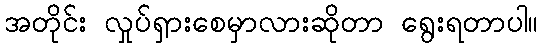
အတိုင်း လှုပ်ရှားစေမှာလားဆိုတာ ရွေးရတာပါ။